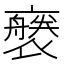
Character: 𧝢